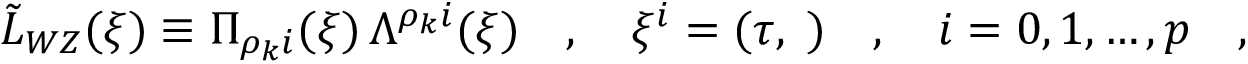
\tilde { \cal L } _ { W Z } ( \xi ) \equiv \Pi _ { \rho _ { k } i } ( \xi ) \, \Lambda ^ { \rho _ { k } i } ( \xi ) \quad , \quad \xi ^ { i } = ( \tau , { \bf \sigma } ) \quad , \quad i = 0 , 1 , \dots , p \quad , \quad